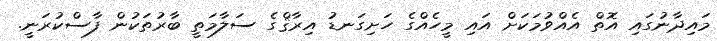
މައިދާނުގައި އޮތް އެއްވުމަކަށް އައި މީހެއްގެ ހަށިގަނޑު އިރާޤްގެ ސަލާމަތީ ބާރުތަކުން ފާސްކުރަނީ.